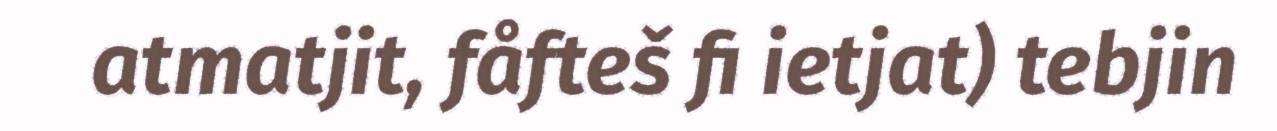
atmatjit, fåfteš fi ietjat) tebjin